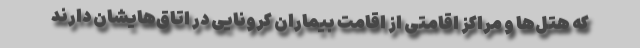
که هتل‌ها و مراکز اقامتی از اقامت بیماران کرونایی در اتاق‌هایشان دارند